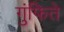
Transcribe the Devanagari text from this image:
गुंफिते